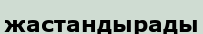
жастандырады